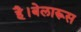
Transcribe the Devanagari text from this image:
है।बेलारूस